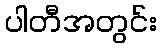
ပါတီအတွင်း